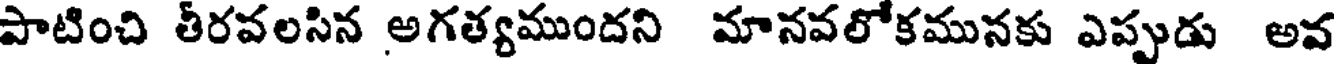
పాటించి తీరవలసిన అగత్యముందని మానవలోకమునకు ఎప్పుడు అవ